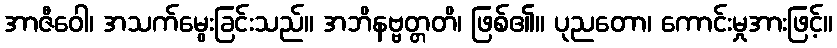
အာဇီဝေါ၊ အသက်မွေးခြင်းသည်။ အဘိနဗ္ဗတ္တတိ၊ ဖြစ်၏။ ပုညတော၊ ကောင်းမှုအားဖြင့်။